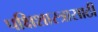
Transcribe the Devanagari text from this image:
पक्षिशास्त्रासाठी